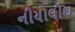
નીયોલીથ